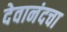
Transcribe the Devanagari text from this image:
देवानंदचा